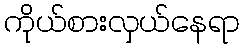
ကိုယ်စားလှယ်နေရာ